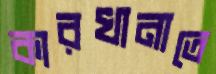
কারখানাতে